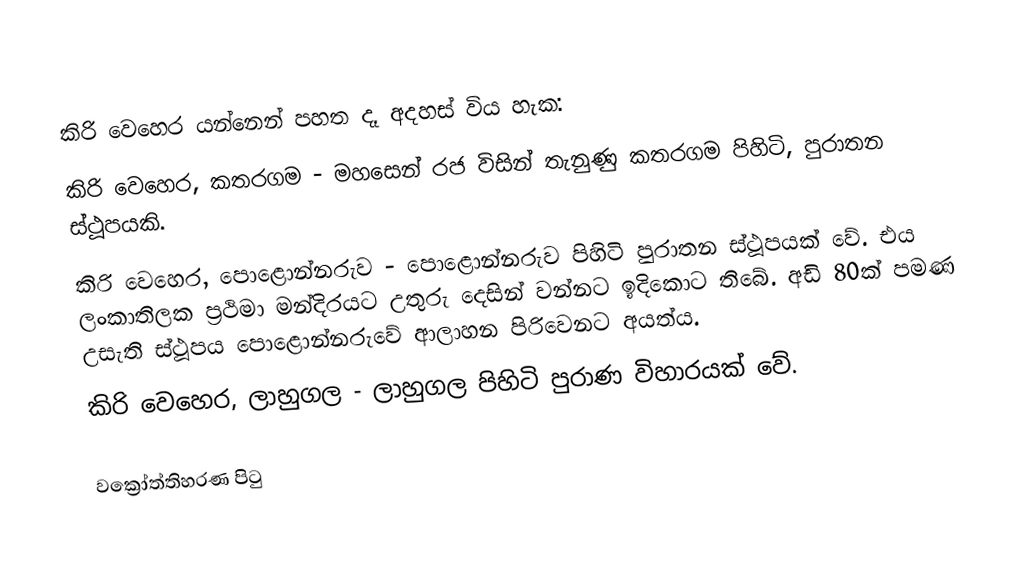
කිරි වෙහෙර යන්නෙන් පහත දෑ අදහස් විය හැක:
 කිරි වෙහෙර, කතරගම - මහසෙන් රජ විසින් තැනුණු කතරගම පිහිටි, පුරාතන ස්ථූපයකි.
 කිරි වෙහෙර, පොළොන්නරුව - පොළොන්නරුව පිහිටි පුරාතන ස්ථූපයක් වේ. එය ලංකාතිලක ප්‍රථිමා මන්දිරයට උතුරු දෙසින් වන්නට ඉදිකොට තිබේ. අඩි 80ක් පමණ උසැති ස්ථූපය පොළොන්නරුවේ ආලාහන පිරිවෙනට අයත්ය.
 කිරි වෙහෙර, ලාහුගල - ලාහුගල පිහිටි පුරාණ විහාරයක් වේ.

වක්‍රෝත්තිහරණ පිටු